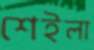
শেইলা